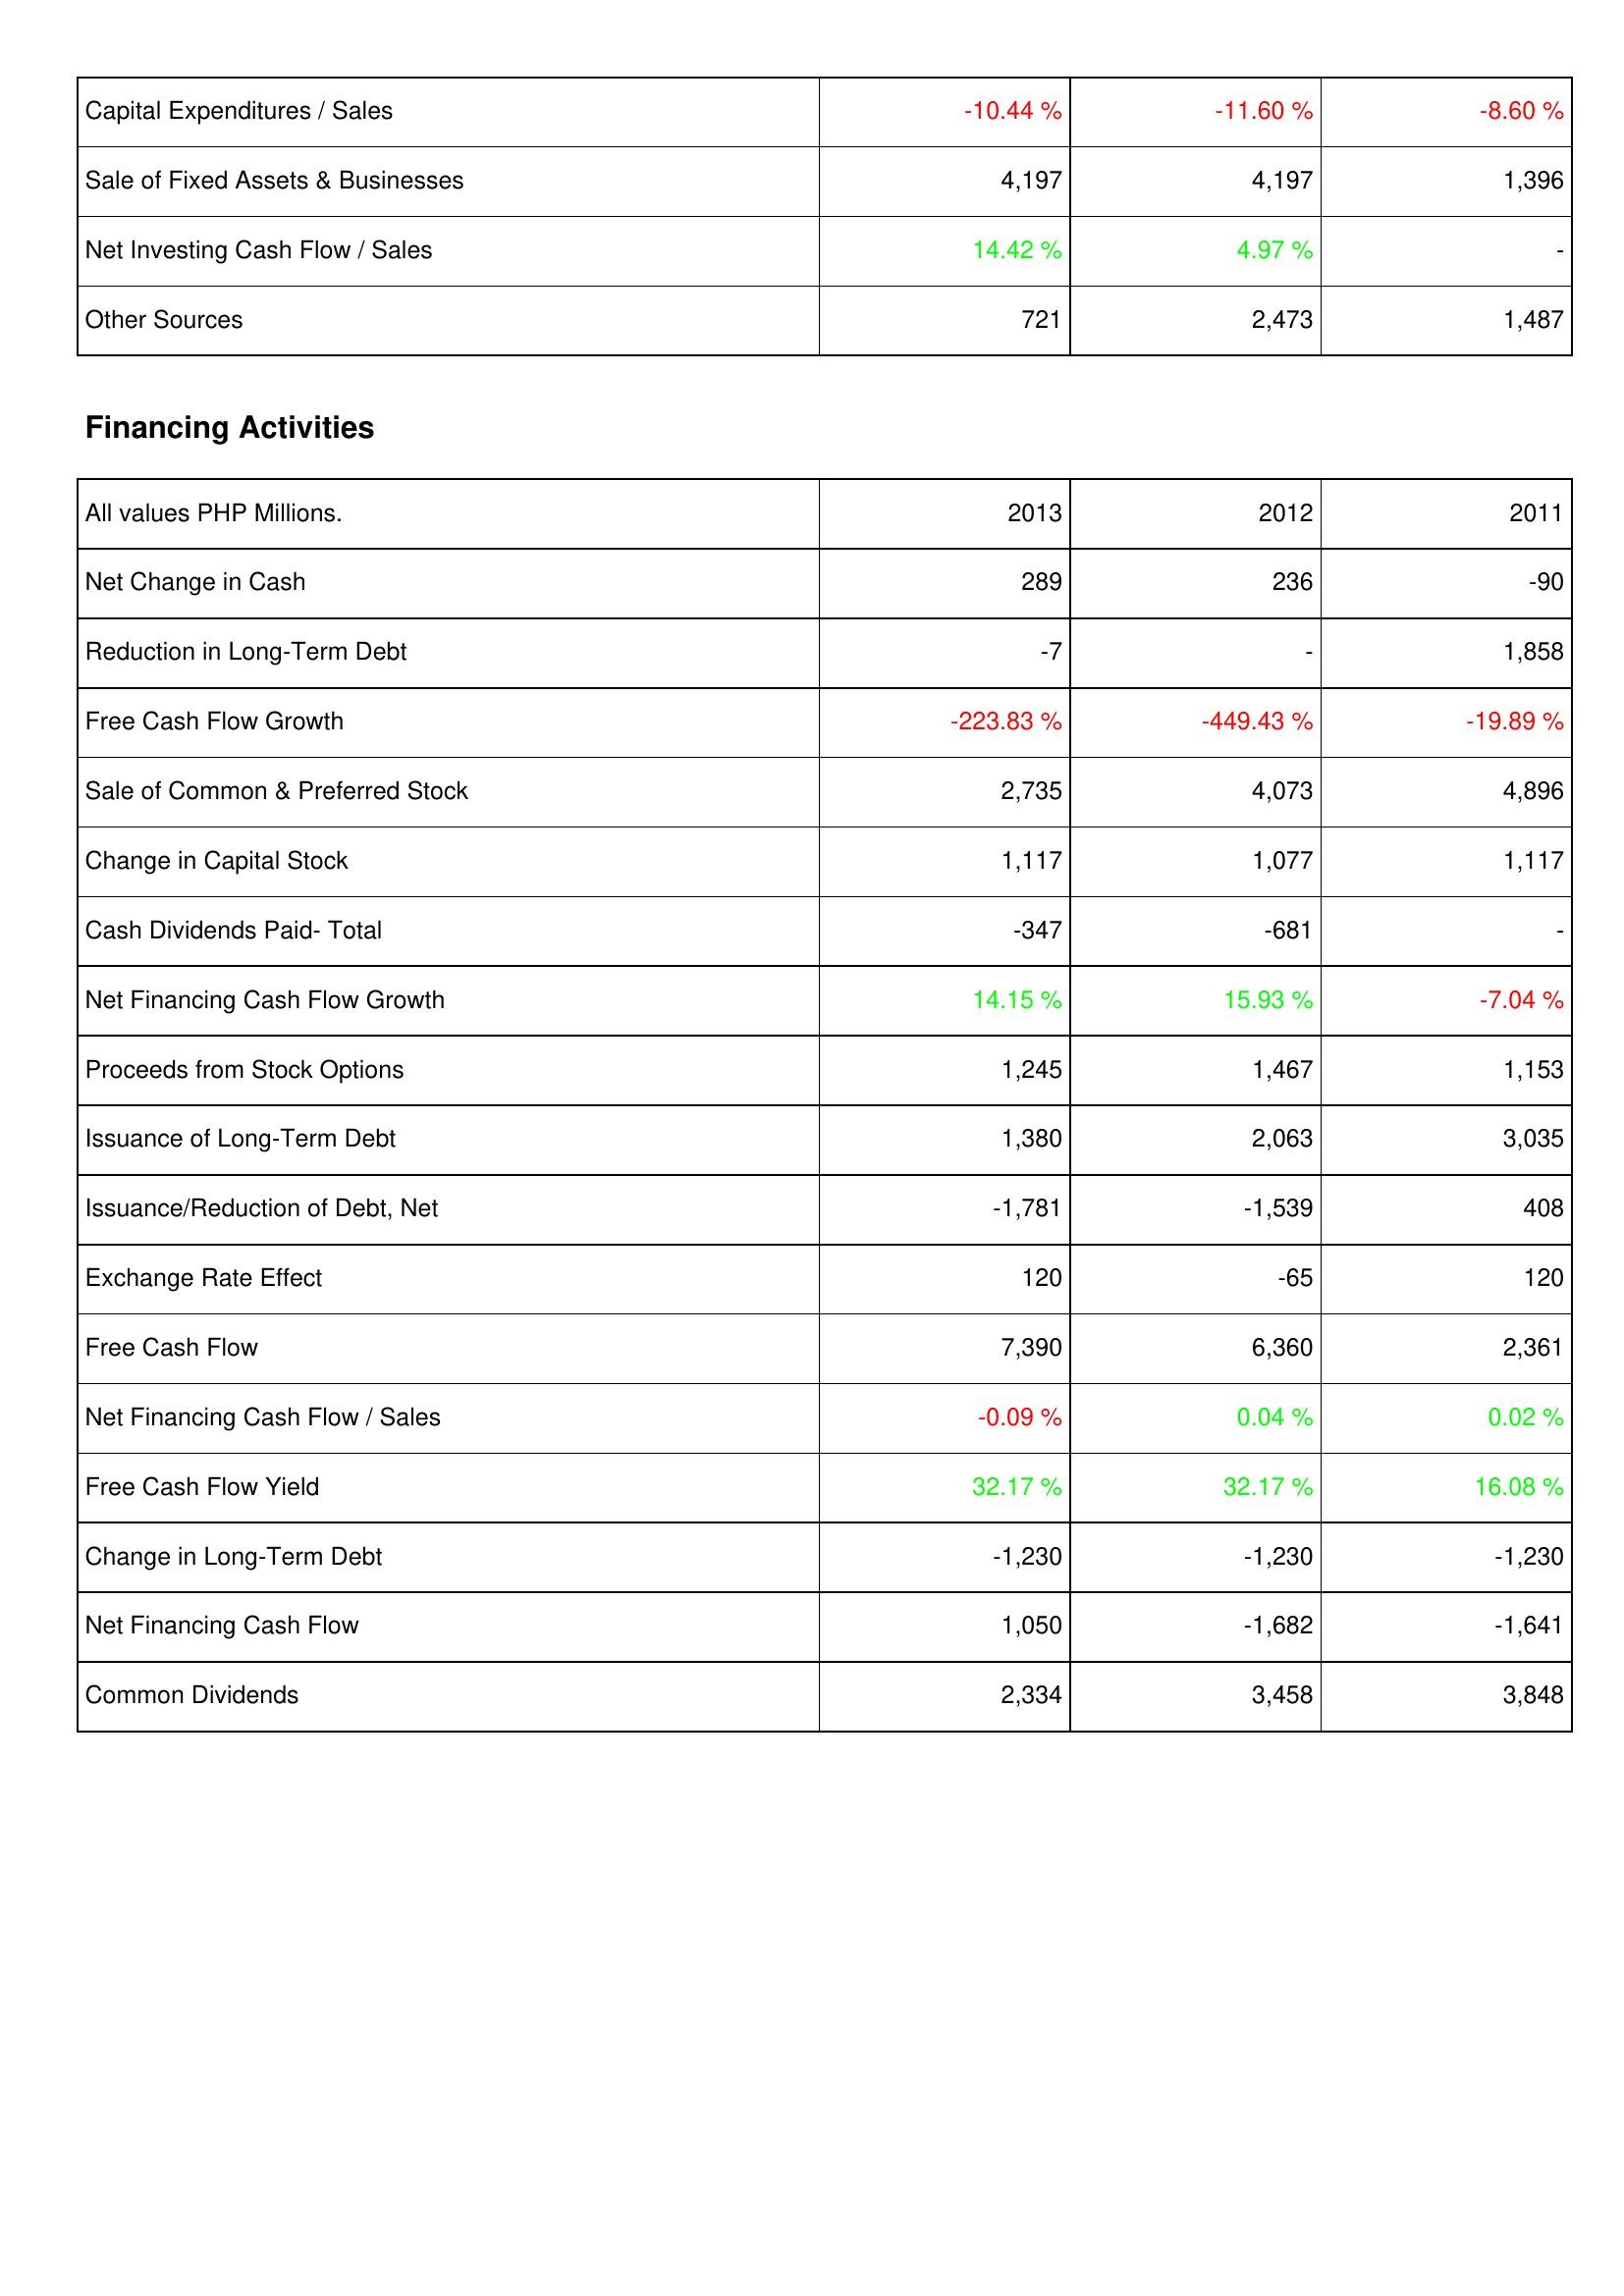
2013: Investing Activities: Capital Expenditures / Sales: -10.44 %
Sale of Fixed Assets & Businesses: 4,197
Net Investing Cash Flow / Sales: 14.42 %
Other Sources: 721
Financing Activities: Net Change in Cash: 289
Reduction in Long-Term Debt: -7
Free Cash Flow Growth: -223.83 %
Sale of Common & Preferred Stock: 2,735
Change in Capital Stock: 1,117
Cash Dividends Paid- Total: -347
Net Financing Cash Flow Growth: 14.15 %
Proceeds from Stock Options: 1,245
Issuance of Long-Term Debt: 1,380
Issuance/Reduction of Debt, Net: -1,781
Exchange Rate Effect: 120
Free Cash Flow: 7,390
Net Financing Cash Flow / Sales: -0.09 %
Free Cash Flow Yield: 32.17 %
Change in Long-Term Debt: -1,230
Net Financing Cash Flow: 1,050
Common Dividends: 2,334
2012: Investing Activities: Capital Expenditures / Sales: -11.60 %
Sale of Fixed Assets & Businesses: 4,197
Net Investing Cash Flow / Sales: 4.97 %
Other Sources: 2,473
Financing Activities: Net Change in Cash: 236
Reduction in Long-Term Debt: -
Free Cash Flow Growth: -449.43 %
Sale of Common & Preferred Stock: 4,073
Change in Capital Stock: 1,077
Cash Dividends Paid- Total: -681
Net Financing Cash Flow Growth: 15.93 %
Proceeds from Stock Options: 1,467
Issuance of Long-Term Debt: 2,063
Issuance/Reduction of Debt, Net: -1,539
Exchange Rate Effect: -65
Free Cash Flow: 6,360
Net Financing Cash Flow / Sales: 0.04 %
Free Cash Flow Yield: 32.17 %
Change in Long-Term Debt: -1,230
Net Financing Cash Flow: -1,682
Common Dividends: 3,458
2011: Investing Activities: Capital Expenditures / Sales: -8.60 %
Sale of Fixed Assets & Businesses: 1,396
Net Investing Cash Flow / Sales: -
Other Sources: 1,487
Financing Activities: Net Change in Cash: -90
Reduction in Long-Term Debt: 1,858
Free Cash Flow Growth: -19.89 %
Sale of Common & Preferred Stock: 4,896
Change in Capital Stock: 1,117
Cash Dividends Paid- Total: -
Net Financing Cash Flow Growth: -7.04 %
Proceeds from Stock Options: 1,153
Issuance of Long-Term Debt: 3,035
Issuance/Reduction of Debt, Net: 408
Exchange Rate Effect: 120
Free Cash Flow: 2,361
Net Financing Cash Flow / Sales: 0.02 %
Free Cash Flow Yield: 16.08 %
Change in Long-Term Debt: -1,230
Net Financing Cash Flow: -1,641
Common Dividends: 3,848